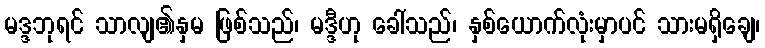
မဒ္ဒဘုရင် သာလျ၏နှမ ဖြစ်သည်၊ မဒ္ဒီဟု ခေါ်သည်၊ နှစ်ယောက်လုံးမှာပင် သားမရှိချေ၊